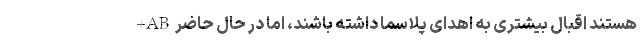
+AB هستند اقبال بیشتری به اهدای پلاسما داشته باشند، اما در حال حاضر